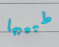
طبيبها